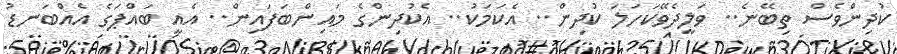
ކުދިންވެސް ތިބޭނެ.. ވަލީދެވޭކަހަލަ ކުދިން.. އެކަމަކު.. އެކުދިންގެ މައިންބަފައިން.. އެއީ ބައްޕަގެ އެއްބަނޑު